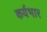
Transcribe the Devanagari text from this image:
कर्यभार